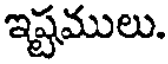
ఇష్టములు.